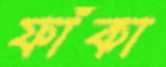
ফাঁকা